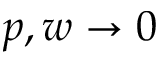
p , w \rightarrow 0